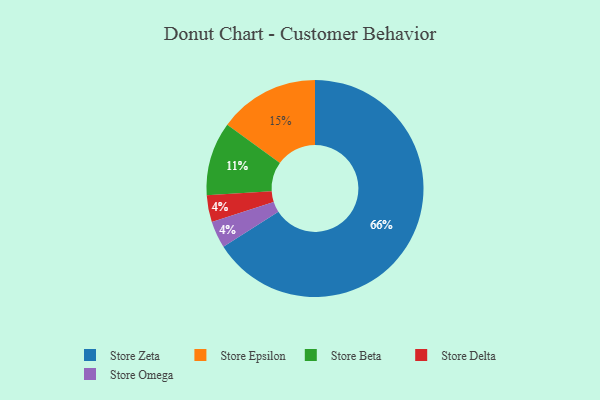
{"axis": {"x": "Category", "y": "Percentage"}, "legend": ["Store Beta", "Store Delta", "Store Epsilon", "Store Omega", "Store Zeta"], "data": [{"x": "Store Beta", "y": 11, "type": "Store Beta"}, {"x": "Store Zeta", "y": 66, "type": "Store Zeta"}, {"x": "Store Delta", "y": 4, "type": "Store Delta"}, {"x": "Store Omega", "y": 4, "type": "Store Omega"}, {"x": "Store Epsilon", "y": 15, "type": "Store Epsilon"}]}